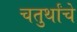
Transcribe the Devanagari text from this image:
चतुर्थांचे